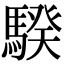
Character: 騤